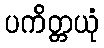
ပကိတ္တယုံ